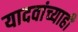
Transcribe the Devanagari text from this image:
यादवांच्याही